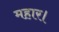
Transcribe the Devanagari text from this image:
महार।